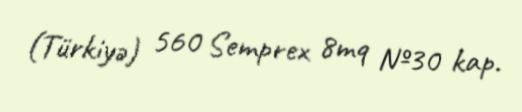
(Türkiyə) 560 Semprex 8mq №30 kap.